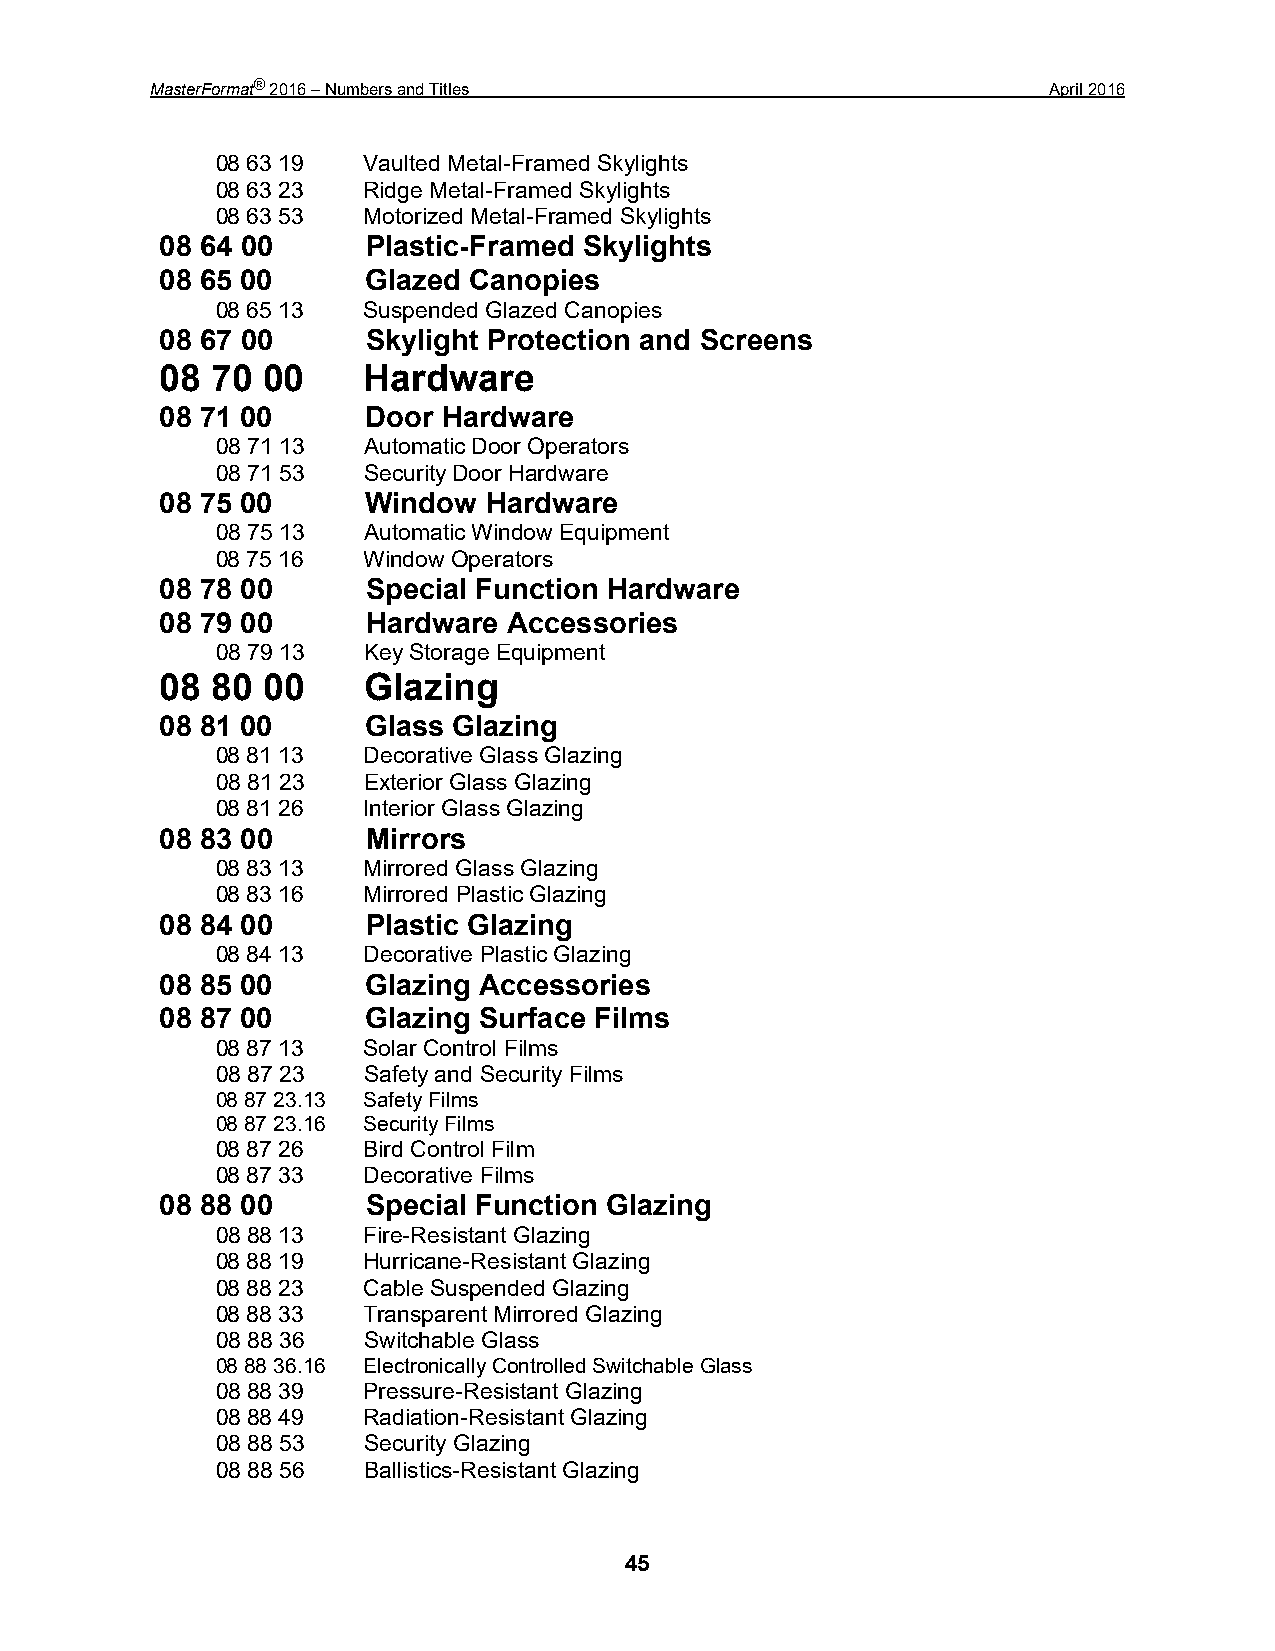
MasterFormat® 2016 – Numbers and Titles                     April 2016
 08 63 19  Vaulted Metal-Framed Skylights
 08 63 23  Ridge Metal-Framed Skylights
 08 63 53  Motorized Metal-Framed Skylights
 08 64 00     Plastic-Framed Skylights
 08 65 00     Glazed Canopies
 08 65 13  Suspended Glazed Canopies
 08 67 00     Skylight Protection and Screens
 08 70 00     Hardware
 08 71 00     Door Hardware
 08 71 13  Automatic Door Operators
 08 71 53  Security Door Hardware
 08 75 00     Window  Hardware
 08 75 13  Automatic Window Equipment
 08 75 16  Window Operators
 08 78 00     Special Function Hardware
 08 79 00     Hardware  Accessories
 08 79 13  Key Storage Equipment
 08 80 00     Glazing
 08 81 00     Glass Glazing
 08 81 13  Decorative Glass Glazing
 08 81 23  Exterior Glass Glazing
 08 81 26  Interior Glass Glazing
 08 83 00     Mirrors
 08 83 13  Mirrored Glass Glazing
 08 83 16  Mirrored Plastic Glazing
 08 84 00     Plastic Glazing
 08 84 13  Decorative Plastic Glazing
 08 85 00     Glazing Accessories
 08 87 00     Glazing Surface Films
 08 87 13  Solar Control Films
 08 87 23  Safety and Security Films
 08 87 23.13 Safety Films
 08 87 23.16 Security Films
 08 87 26  Bird Control Film
 08 87 33  Decorative Films
 08 88 00     Special Function Glazing
 08 88 13  Fire-Resistant Glazing
 08 88 19  Hurricane-Resistant Glazing
 08 88 23  Cable Suspended Glazing
 08 88 33  Transparent Mirrored Glazing
 08 88 36  Switchable Glass
 08 88 36.16 Electronically Controlled Switchable Glass
 08 88 39  Pressure-Resistant Glazing
 08 88 49  Radiation-Resistant Glazing
 08 88 53  Security Glazing
 08 88 56  Ballistics-Resistant Glazing
 45